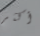
أكثر